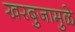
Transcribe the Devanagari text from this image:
खरबुजामुळे